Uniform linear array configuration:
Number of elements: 64
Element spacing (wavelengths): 0.25
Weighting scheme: cosine
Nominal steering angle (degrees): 60
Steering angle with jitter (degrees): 60.271
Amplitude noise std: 0.05
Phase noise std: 0.05

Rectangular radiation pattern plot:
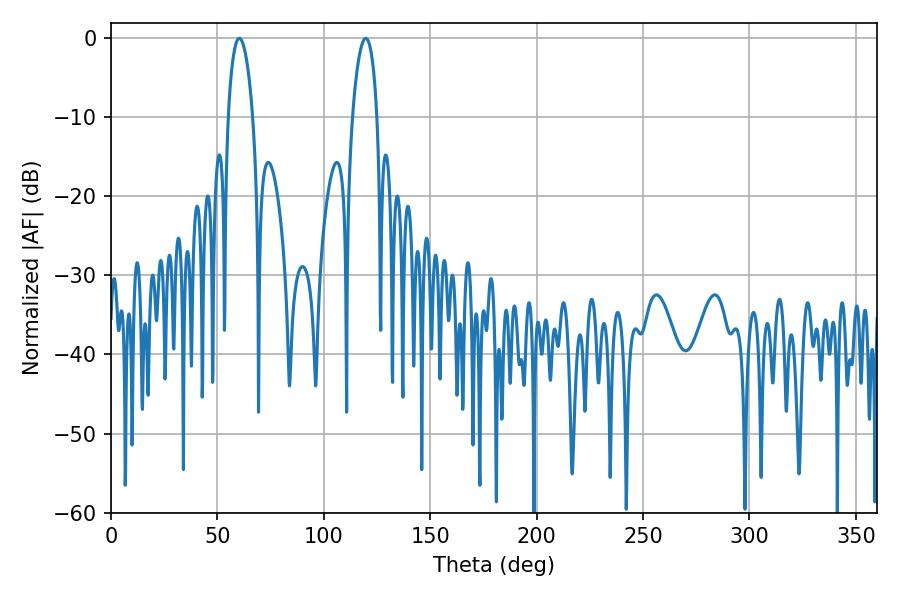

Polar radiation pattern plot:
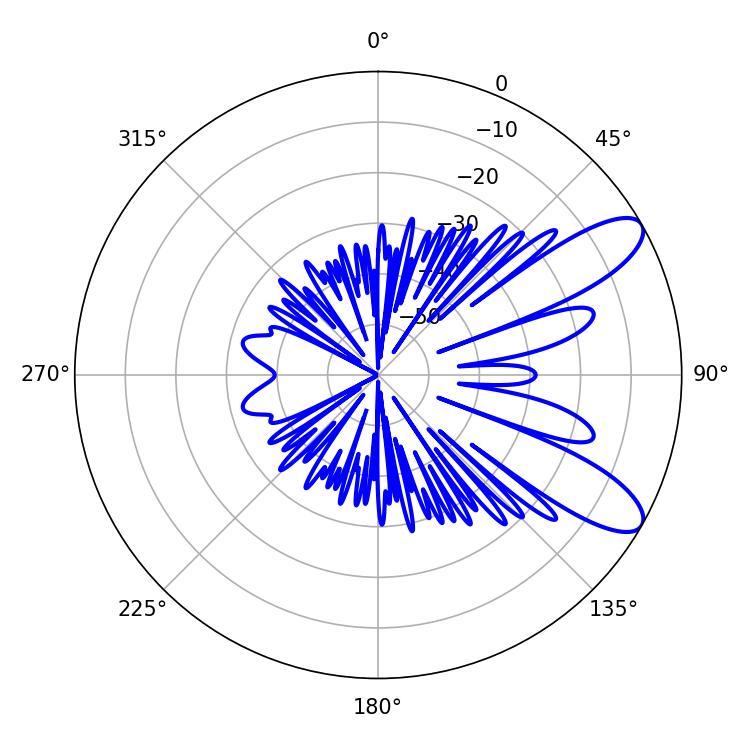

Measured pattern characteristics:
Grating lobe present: FALSE
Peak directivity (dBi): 9.595
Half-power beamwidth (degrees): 6.48
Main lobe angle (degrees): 60.3